Lunatic asylums Bombay report 1878-1890 - 1878-1890
Year: 1878
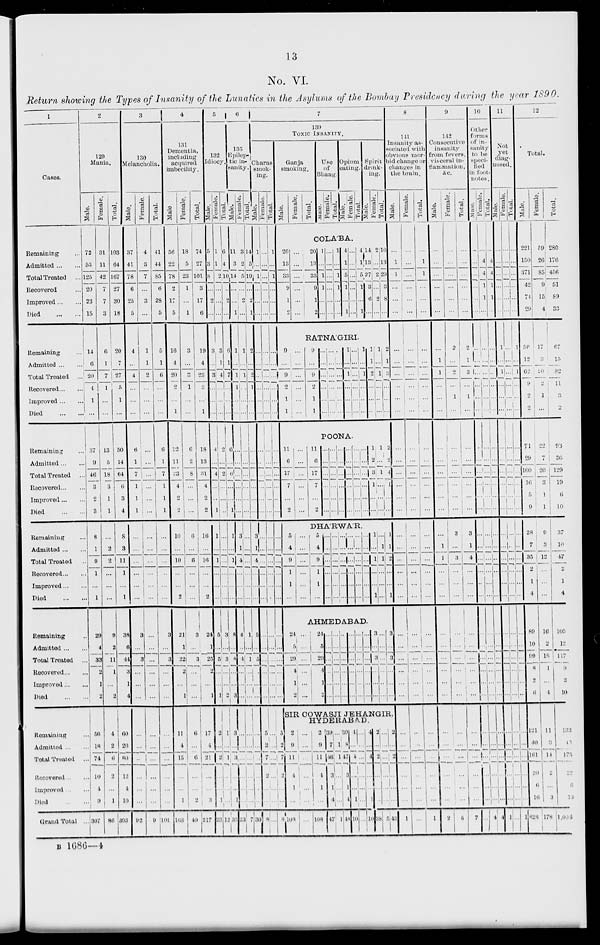
13
No. VI.
Return showing the Types of Insanity of the Lunatics in the Asylums of the Bombay Presidency during the year 1890.
1
Cases.
Remaining ...
Admitted ... ...
Total Treated
...
Recovered ...
Improved ... ...
Died
...
...
Remaining ...
Admitted ... ...
Total Treated ...
Recovered ... ...
Improved ... ...
Died
...
...
Remaining ...
Admitted ... ...
Total Treated
...
Recovered ... ...
Improved ... ...
Died
...
...
Remaining ...
Admitted ... ...
Total Treated ...
Recovered ... ...
Improved ... ...
Died
...
...
Remaining ...
Admitted ... ...
Total Treated ...
Recovered ... ...
Improved ... ...
Died
...
...
Remaining
...
Admitted ... ...
Total Treated
...
Uncovered
...
...
Improved
...
...
Died
...
...
Grand Total ...
2
129
Mania.
Male.
72
53
125
20
23
15
14
6
20
4
1
...
37
9
46
3
2
3
8
1
9
1
...
1
29
4
33
2
1
2
56
18
74
10
4
9
307
Female.
31
11
42
7
7
3
6
1
7
1
...
...
13
5
18
3
1
1
...
2
2
...
...
...
9
2
11
1
...
2
4
2
6
2
...
1
86
Total.
103
64
167
27
30
18
20
7
27
5
1
...
50
14
64
6
3
4
8
3
11
1
...
1
38
6
44
3
1
4
60 20
80
12
4
10
393
3
130
Melancholia.
Male.
37
41
78
6
25
5
4
...
4
...
...
...
Female.
4
3
7
...
3
...
1
1
2
...
...
...
6
1
7
1
1
1
...
...
...
...
...
...
...
...
...
...
...
...
3
...
3
...
...
...
...
...
...
...
...
...
92
...
...
...
...
...
...
...
...
...
...
...
...
... ...
...
... ...
...
9
Total.
41
44
85
6
28
5
5
1
6
...
...
...
6
1
7
1
1
1
...
...
...
...
...
...
3
...
3
...
...
...
... ...
...
...
...
...
101
4
131
Dementia,
including
acquired
imbecility.
Male
56
22
78
2
17
5
16
4
20
2
...
1
12
11
23
4
2
2
10
...
10
...
...
2
21
1
22
2
...
1
11
4
15
...
...
1
163
Female.
18
5
23
1
...
1
3
...
5
1
...
...
6
2
8
...
...
...
6
...
6
...
...
...
Total.
74
27
101
3
17
6
19
4
23
3
...
1
18
13
31
4
2
2
16
..
16
...
...
2
3
...
3
...
...
...
24
1
25
2
...
1
6 ...
6
... ...
2
49
17
4
21
...
...
3
217
5
132
Idiocy.
Male.
5
3
8
...
2
...
3
...
3
...
...
...
4
...
...
...
2
1
1
...
1
...
...
...
5
...
5
...
...
...
2
...
2
...
...
35
23
Female.
1
1
2
...
...
...
3
1
4
...
...
...
2
...
4
...
...
...
...
...
...
...
...
...
3
...
3
...
...
1
1
...
1
...
...
...
12
Total.
6
4
10
...
2
...
6
1
7
...
...
...
6
...
2
...
...
1
l
...
1
...
...
...
8
...
8
...
...
2
3
...
3
...
...
35
25
6
135
Epilep-
tic in-
sanity.
Male.
11
3
14
...
...
1
1
...
1
1
...
...
...
...
...
...
...
...
3
1
4
...
...
...
4
...
4
...
...
3
...
...
...
...
...
1
23
Female.
3
2
5
...
2
...
1
...
1
...
...
...
...
...
...
...
...
...
...
...
...
...
...
...
1
...
1
...
...
...
...
...
...
...
...
...
7
Total.
14
5
19
...
2
1
2
...
2
1
...
...
...
...
...
...
...
...
3
1
4
...
...
...
5
...
5
...
...
...
...
...
...
...
...
1
30
7
139
TOXIC INSANITY.
Charas
smok-
ing.
Male.
1
...
1
...
...
...
...
...
...
...
...
...
...
...
...
...
...
...
...
...
...
...
...
...
...
...
...
...
...
...
5
2
7
..
...
...
8
Female.
...
...
...
...
...
...
...
...
...
...
...
...
...
...
...
...
...
...
...
...
...
...
...
...
...
...
...
...
...
...
...
...
...
2
...
...
...
Total.
1
...
1
...
...
...
...
...
...
...
...
...
...
...
...
...
...
...
...
...
...
...
...
...
...
...
...
...
...
...
5
2
7
2
...
...
8
Ganja
smoking.
Male.
Female.
Total.
Use
of
Bhang.
Male.
Female.
Total.
Opium
eating.
Male.
Female.
Total.
Spirit
drink-
ing.
Male.
Female.
Total.
COLÁBA.
20
13
33
9
1
2
...
...
...
...
...
...
20
13
33
9
1
2
1
...
1
1
...
...
...
...
...
...
...
...
1
...
1
1
...
...
4
1
5
1
...
1
...
...
...
...
...
...
4
1
5
1
...
1
14
13
27
3
6
...
2
...
2
...
2
...
16
13
29
3
8
...
RATNÁGIRI.
9
...
9
2
1
1
...
...
...
...
...
...
9
...
9
2
1
1
...
...
...
...
...
...
...
...
...
...
...
...
...
...
...
...
...
...
1
...
...
...
...
...
...
...
...
...
...
...
1
...
1
...
...
...
1
...
2
...
...
...
1
...
1
...
...
...
2
1
3
...
...
...
POONA
11
6
17
7
...
2
...
...
...
...
...
...
11
6
17
7
...
2
...
...
...
...
...
...
...
...
...
...
...
...
...
...
...
...
...
...
...
...
...
...
...
...
...
...
...
...
...
...
...
...
...
...
...
...
1
...
3
1
...
...
1
...
1
...
...
...
2
...
4
1
...
...
DHÁRWÁR.
5
4
9
1
1
...
...
...
...
...
...
...
5
4
9
1
1
...
...
...
...
...
...
...
...
...
...
...
...
...
...
...
...
...
...
...
...
...
...
...
...
...
...
...
...
...
...
...
...
...
...
...
...
...
1
...
1
...
...
1
...
1
1
...
...
...
1
1
2
...
...
1
AHMEDABAD
24
5
29
4
1
2
...
...
...
...
...
...
24
5
29
4
1
2
...
...
...
...
...
...
...
...
...
...
...
...
...
...
...
...
...
...
...
...
...
...
...
...
...
...
...
...
...
...
...
...
...
...
...
...
3
...
3
...
...
...
...
...
...
...
...
...
3
...
3
...
...
...
SIR COWASJI JEHANGIR.
HYDERABAD
2 9
11
4
1
...
108
... ...
...
...
...
...
...
2
9
11
1
1
...
108
39
...
46
...
...
...
47
... ...
1
3
1
4
1
39
...
47
...
...
...
48
4 ...
4
3
1
4
10
... ...
...
...
...
1
...
4
...
4
...
...
...
10
2 ...
2
...
...
1
38
... ...
...
...
...
...
5
2
...
2
...
...
...
43
8
141
Insanity as-
sociated with
Obvions mor-
bid change or
changes in
the brain.
Male.
...
1
1
...
...
...
Female.
...
...
...
...
...
...
Total.
...
1
1
...
...
...
...
...
...
...
...
...
...
...
...
...
...
...
...
...
...
...
...
...
...
...
...
...
...
...
...
...
...
...
...
...
1
...
...
...
...
...
...
...
...
...
...
...
...
...
...
...
...
...
...
...
...
...
...
...
...
...
...
...
...
...
...
...
...
...
...
...
...
...
...
...
...
...
...
...
...
...
...
...
...
...
...
...
...
...
...
...
...
...
...
...
...
...
1
9
142
Consecutive
insanity
from fevers.
visceral in-
flammation,
&c.
Male.
...
...
...
...
...
...
...
1
1
...
...
...
...
...
...
...
...
...
...
1
1
...
...
...
...
...
...
...
...
...
Female.
...
...
...
...
...
...
2
...
2
...
1
...
...
...
...
...
...
...
3
...
3
...
...
...
...
...
...
...
...
...
...
...
...
...
...
...
2
... ...
...
...
...
...
5
Total.
...
...
...
...
...
...
2
1
3
...
1
...
...
...
...
...
...
...
3
1
4
...
...
...
...
...
...
...
...
...
... ...
...
...
...
...
7
10
Other
forms
of in-
sanity
to be
speci-
fied
in foot-
notes.
Male.
...
...
...
...
...
...
...
...
...
...
...
...
...
...
...
...
...
...
...
...
...
...
...
...
...
...
...
...
...
...
... ...
...
...
...
...
...
Female.
...
4
4
1
1
...
...
...
...
...
...
...
...
...
...
...
...
...
...
...
...
...
...
...
...
...
...
...
...
...
... ...
...
...
...
...
4
Total.
...
4
4
1
1
...
...
...
...
...
...
...
...
...
...
...
...
...
...
...
...
...
...
...
...
...
...
...
...
...
...
...
...
...
...
...
4
11
Not
yet
diag-
nosed.
Male.
...
...
...
...
...
...
1
...
...
...
...
...
...
...
...
...
...
...
...
...
...
...
...
...
...
...
...
...
...
...
... ...
...
...
...
...
1
Female.
...
...
...
...
...
...
...
...
1
...
...
...
...
...
...
...
...
...
...
...
...
...
...
...
...
...
...
...
...
...
...
...
...
...
...
...
...
Total.
...
...
...
...
...
...
1
...
...
...
...
...
...
...
...
...
...
...
...
...
...
...
...
...
...
...
...
...
...
...
...
...
...
...
...
...
1
12
Total.
Male.
221
150
371
42
71
29
Female.
59
26
85
9
15
4
Total.
280
176
456
51
89
33
50
12
62
9
2
2
17
3
20
2
1
...
67
15
82
11
3
2
71
29
100
16
5
9
28
7
35
2
1
4
89
10
99
8
2
6
121
40
161
20
6
16
828
22
7
20
3
1
1
9
3
12
...
...
...
16
2
18
1
...
4
11
3
14
2
...
3
178
93
36
129
19
6
10
37
10
47
2
1
4
105
12
117
9
...
10
133
43
175
22
6 19
1,006
B 1686—4